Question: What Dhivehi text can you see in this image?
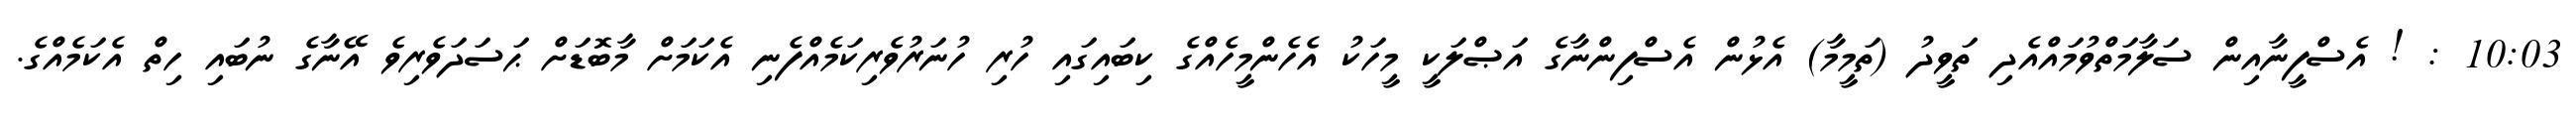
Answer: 10:03 : ! އެސްފީނާއިން ސަލާމަތްވުމައްއެދި ތަވީދު (ތަމީމާ) އެޅުން އެސްފިންނާގެ އަޞްލަކީ މީހަކު އެހެންމީހެއްގެ ކިބައިގައި ހުރި ހުނަރުވެރިކަމެއްފެނި އެކަމަށް މާބޮޑަށް ޙަސަދަވެރިވެ އޭނާގެ ނުބައި ހިތް އެކަމެއްގެ.